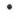
.